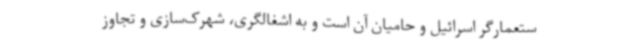
ستعمارگر اسرائیل و حامیان آن است و به اشغالگری، شهرک‌سازی و تجاوز